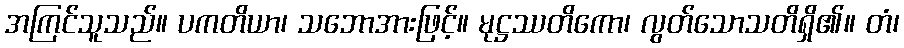
အကြင်သူသည်။ ပကတိယာ၊ သဘောအားဖြင့်။ မုဋ္ဌဿတိကော၊ လွတ်သောသတိရှိ၏။ တံ၊